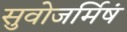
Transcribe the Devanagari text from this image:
सुवोजर्मिषं